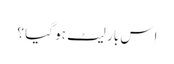
اِس بار لیٹ ہو گیا ؟